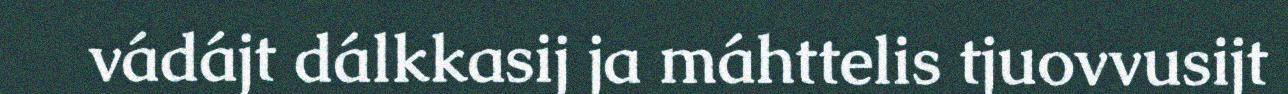
vádájt dálkkasij ja máhttelis tjuovvusijt